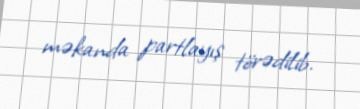
məkanda partlayış törədilib.